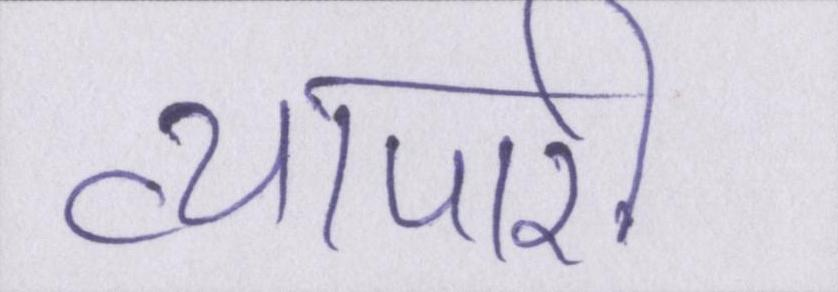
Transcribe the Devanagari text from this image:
व्यापारी